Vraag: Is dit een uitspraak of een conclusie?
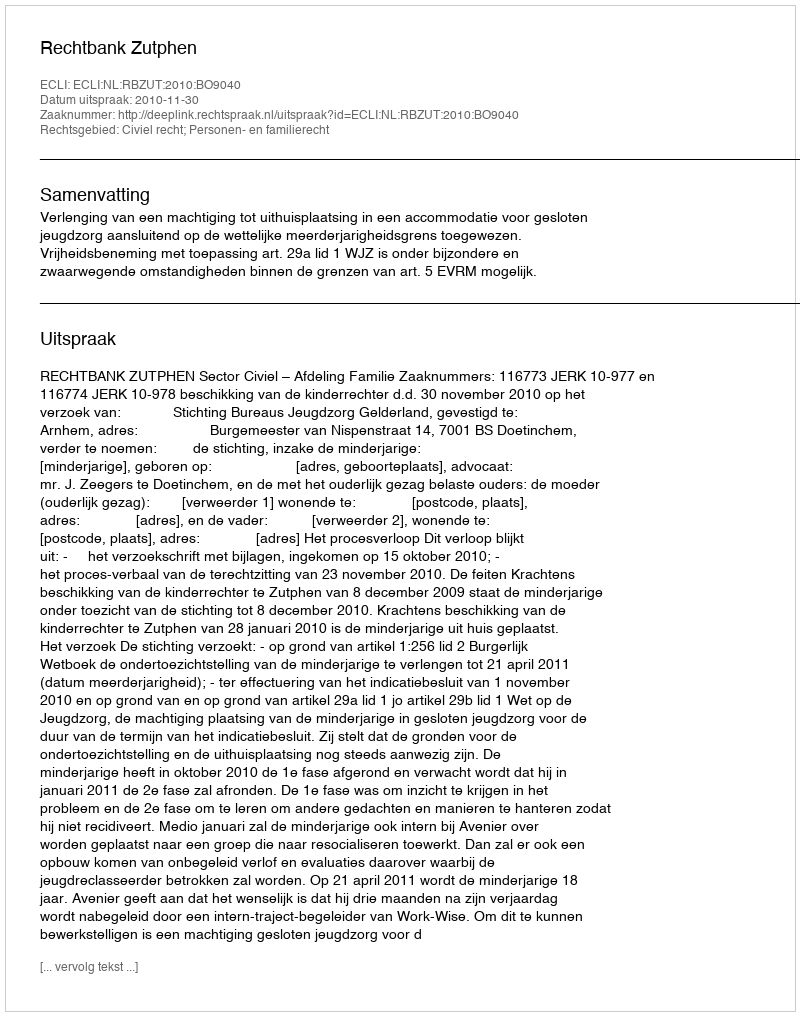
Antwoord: Uitspraak